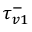
\tau _ { v 1 } ^ { - }